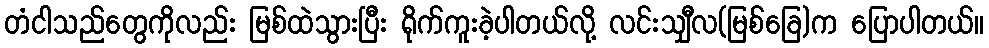
တံငါသည်တွေကိုလည်း မြစ်ထဲသွားပြီး ရိုက်ကူးခဲ့ပါတယ်လို့ လင်းသျှီလ(မြစ်ခြေ)က ပြောပါတယ်။